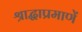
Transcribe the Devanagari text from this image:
श्राद्धाप्रमाणें